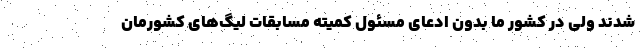
شدند ولی در کشور ما بدون ادعای مسئول کمیته مسابقات لیگ‌های کشورمان